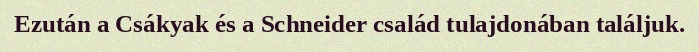
Ezután a Csákyak és a Schneider család tulajdonában találjuk.